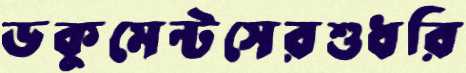
ডকুমেন্টসেরশুধরি